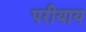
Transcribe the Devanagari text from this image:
परीयाय